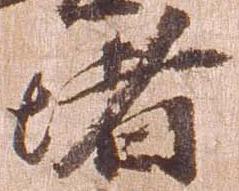
堵